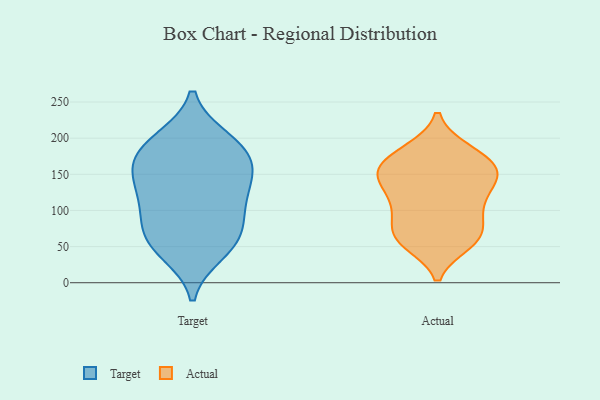
{"axis": {"x": "Bounce Rate (%)", "y": "Value"}, "legend": ["Actual", "Target"], "data": [{"x": "", "y": 179, "type": "Target"}, {"x": "", "y": 52, "type": "Target"}, {"x": "", "y": 197, "type": "Target"}, {"x": "", "y": 42, "type": "Target"}, {"x": "", "y": 70, "type": "Target"}, {"x": "", "y": 85, "type": "Target"}, {"x": "", "y": 163, "type": "Target"}, {"x": "", "y": 198, "type": "Target"}, {"x": "", "y": 108, "type": "Target"}, {"x": "", "y": 147, "type": "Target"}, {"x": "", "y": 109, "type": "Target"}, {"x": "", "y": 57, "type": "Target"}, {"x": "", "y": 147, "type": "Target"}, {"x": "", "y": 132, "type": "Target"}, {"x": "", "y": 178, "type": "Target"}, {"x": "", "y": 149, "type": "Actual"}, {"x": "", "y": 177, "type": "Actual"}, {"x": "", "y": 78, "type": "Actual"}, {"x": "", "y": 157, "type": "Actual"}, {"x": "", "y": 62, "type": "Actual"}, {"x": "", "y": 60, "type": "Actual"}, {"x": "", "y": 146, "type": "Actual"}, {"x": "", "y": 183, "type": "Actual"}, {"x": "", "y": 164, "type": "Actual"}, {"x": "", "y": 182, "type": "Actual"}, {"x": "", "y": 59, "type": "Actual"}, {"x": "", "y": 111, "type": "Actual"}, {"x": "", "y": 55, "type": "Actual"}, {"x": "", "y": 69, "type": "Actual"}, {"x": "", "y": 100, "type": "Actual"}, {"x": "", "y": 143, "type": "Actual"}, {"x": "", "y": 112, "type": "Actual"}, {"x": "", "y": 146, "type": "Actual"}, {"x": "", "y": 111, "type": "Actual"}, {"x": "", "y": 151, "type": "Actual"}]}